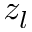
z _ { l }